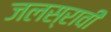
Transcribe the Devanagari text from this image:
जलस्रावी